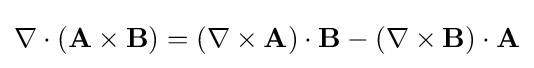
\nabla \cdot \left(\mathbf {A} \times \mathbf {B} \right)=(\nabla \times \mathbf {A} )\cdot \mathbf {B} -(\nabla \times \mathbf {B} )\cdot \mathbf {A}